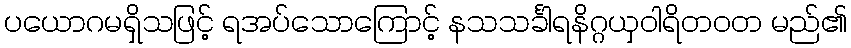
ပယောဂမရှိသဖြင့် ရအပ်သောကြောင့် နသသင်္ခါရနိဂ္ဂယှဝါရိတဝတ မည်၏